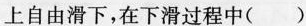
上自由滑下，在下滑过程中( )